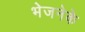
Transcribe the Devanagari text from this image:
भेजनेके